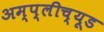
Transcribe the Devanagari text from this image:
अम्प्लीच्यूड